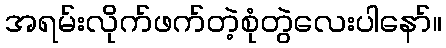
အရမ်းလိုက်ဖက်တဲ့စုံတွဲလေးပါနော်။